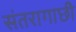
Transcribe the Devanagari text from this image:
संतरागाछी